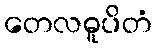
တေလဓူပိတံ